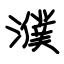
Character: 濮